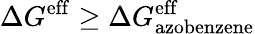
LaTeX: \Delta G^{\mathrm{eff}}\geq\Delta G_{\mathrm{azobenzene}}^{\mathrm{eff}}